Vaccine operations Central Provinces & Berar 1922-1929 - 1922-1929
Year: 1922
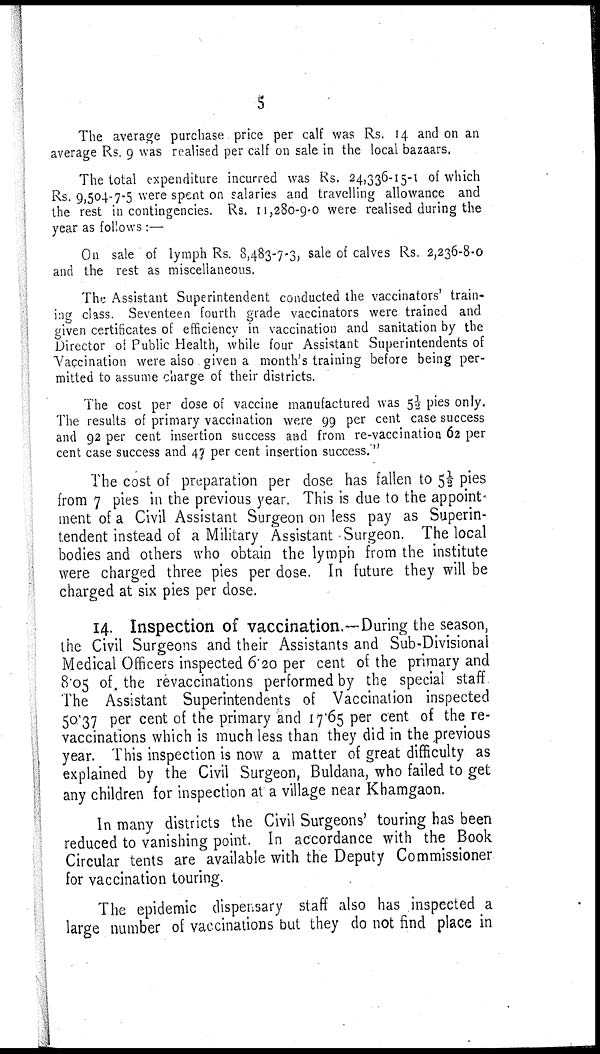
5
The average purchase price per calf was Rs. 14 and on an
average Rs. 9 was realised per calf on sale in the local bazaars.
The total expenditure incurred was Rs. 24,336-15-1 of which
Rs. 9,504-7-5 were spent on salaries and travelling allowance and
the rest in contingencies. Rs. 11,280-9-0 were realised during the
year as follows :—
On sale of lymph Rs. 8,483-7-3, sale of calves Rs. 2,236-8-0
and the rest as miscellaneous.
The Assistant Superintendent conducted the vaccinators' train-
ing class. Seventeen fourth grade vaccinators were trained and
given certificates of efficiency in vaccination and sanitation by the
Director of Public Health, while four Assistant Superintendents of
Vaccination were also given a month's training before being per-
mitted to assume charge of their districts.
The cost per dose of vaccine manufactured was 5½ pies only.
The results of primary vaccination were 99 per cent case success
and 92 per cent insertion success and from re-vaccination 62 per
cent case success and 47 per cent insertion success."
The cost of preparation per dose has fallen to 5½ pies
from 7 pies in the previous year. This is due to the appoint-
ment of a Civil Assistant Surgeon on less pay as Superin-
tendent instead of a Military Assistant Surgeon. The local
bodies and others who obtain the lymph from the institute
were charged three pies per dose. In future they will be
charged at six pies per dose.
14. Inspection of vaccination.—During the season,
the Civil Surgeons and their Assistants and Sub-Divisional
Medical Officers inspected 6.20 per cent of the primary and
8.05 of, the revaccinations performed by the special staff
The Assistant Superintendents of Vaccination inspected
50.37 per cent of the primary and 17.65 per cent of the re-
vaccinations which is much less than they did in the previous
year. This inspection is now a matter of great difficulty as
explained by the Civil Surgeon, Buldana, who failed to get
any children for inspection at a village near Khamgaon.
In many districts the Civil Surgeons' touring has been
reduced to vanishing point. In accordance with the Book
Circular tents are available with the Deputy Commissioner
for vaccination touring.
The epidemic dispensary staff also has inspected a
large number of vaccinations but they do not find place in